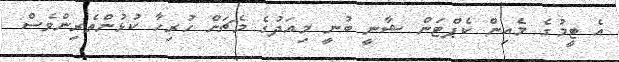
އެ ޓީމުގެ މެއިން ކެޕްޓަން ޝާނީ ބުނީ މިއަދުގެ މެޗަށް ހުރިހާ ކުޅުންތެރިންވެސް